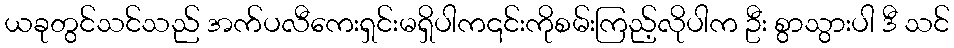
ယခုတွင်သင်သည် အက်ပလီကေးရှင်းမရှိပါက၎င်းကိုစမ်းကြည့်လိုပါက ဦး စွာသွားပါ ဒီ သင်